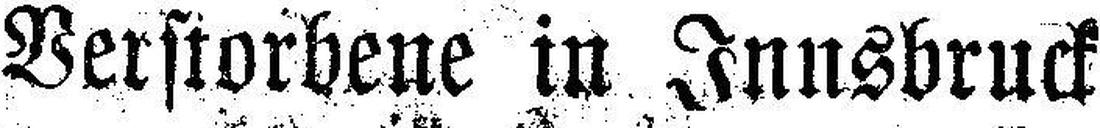
Verstorbene in Innsbruck